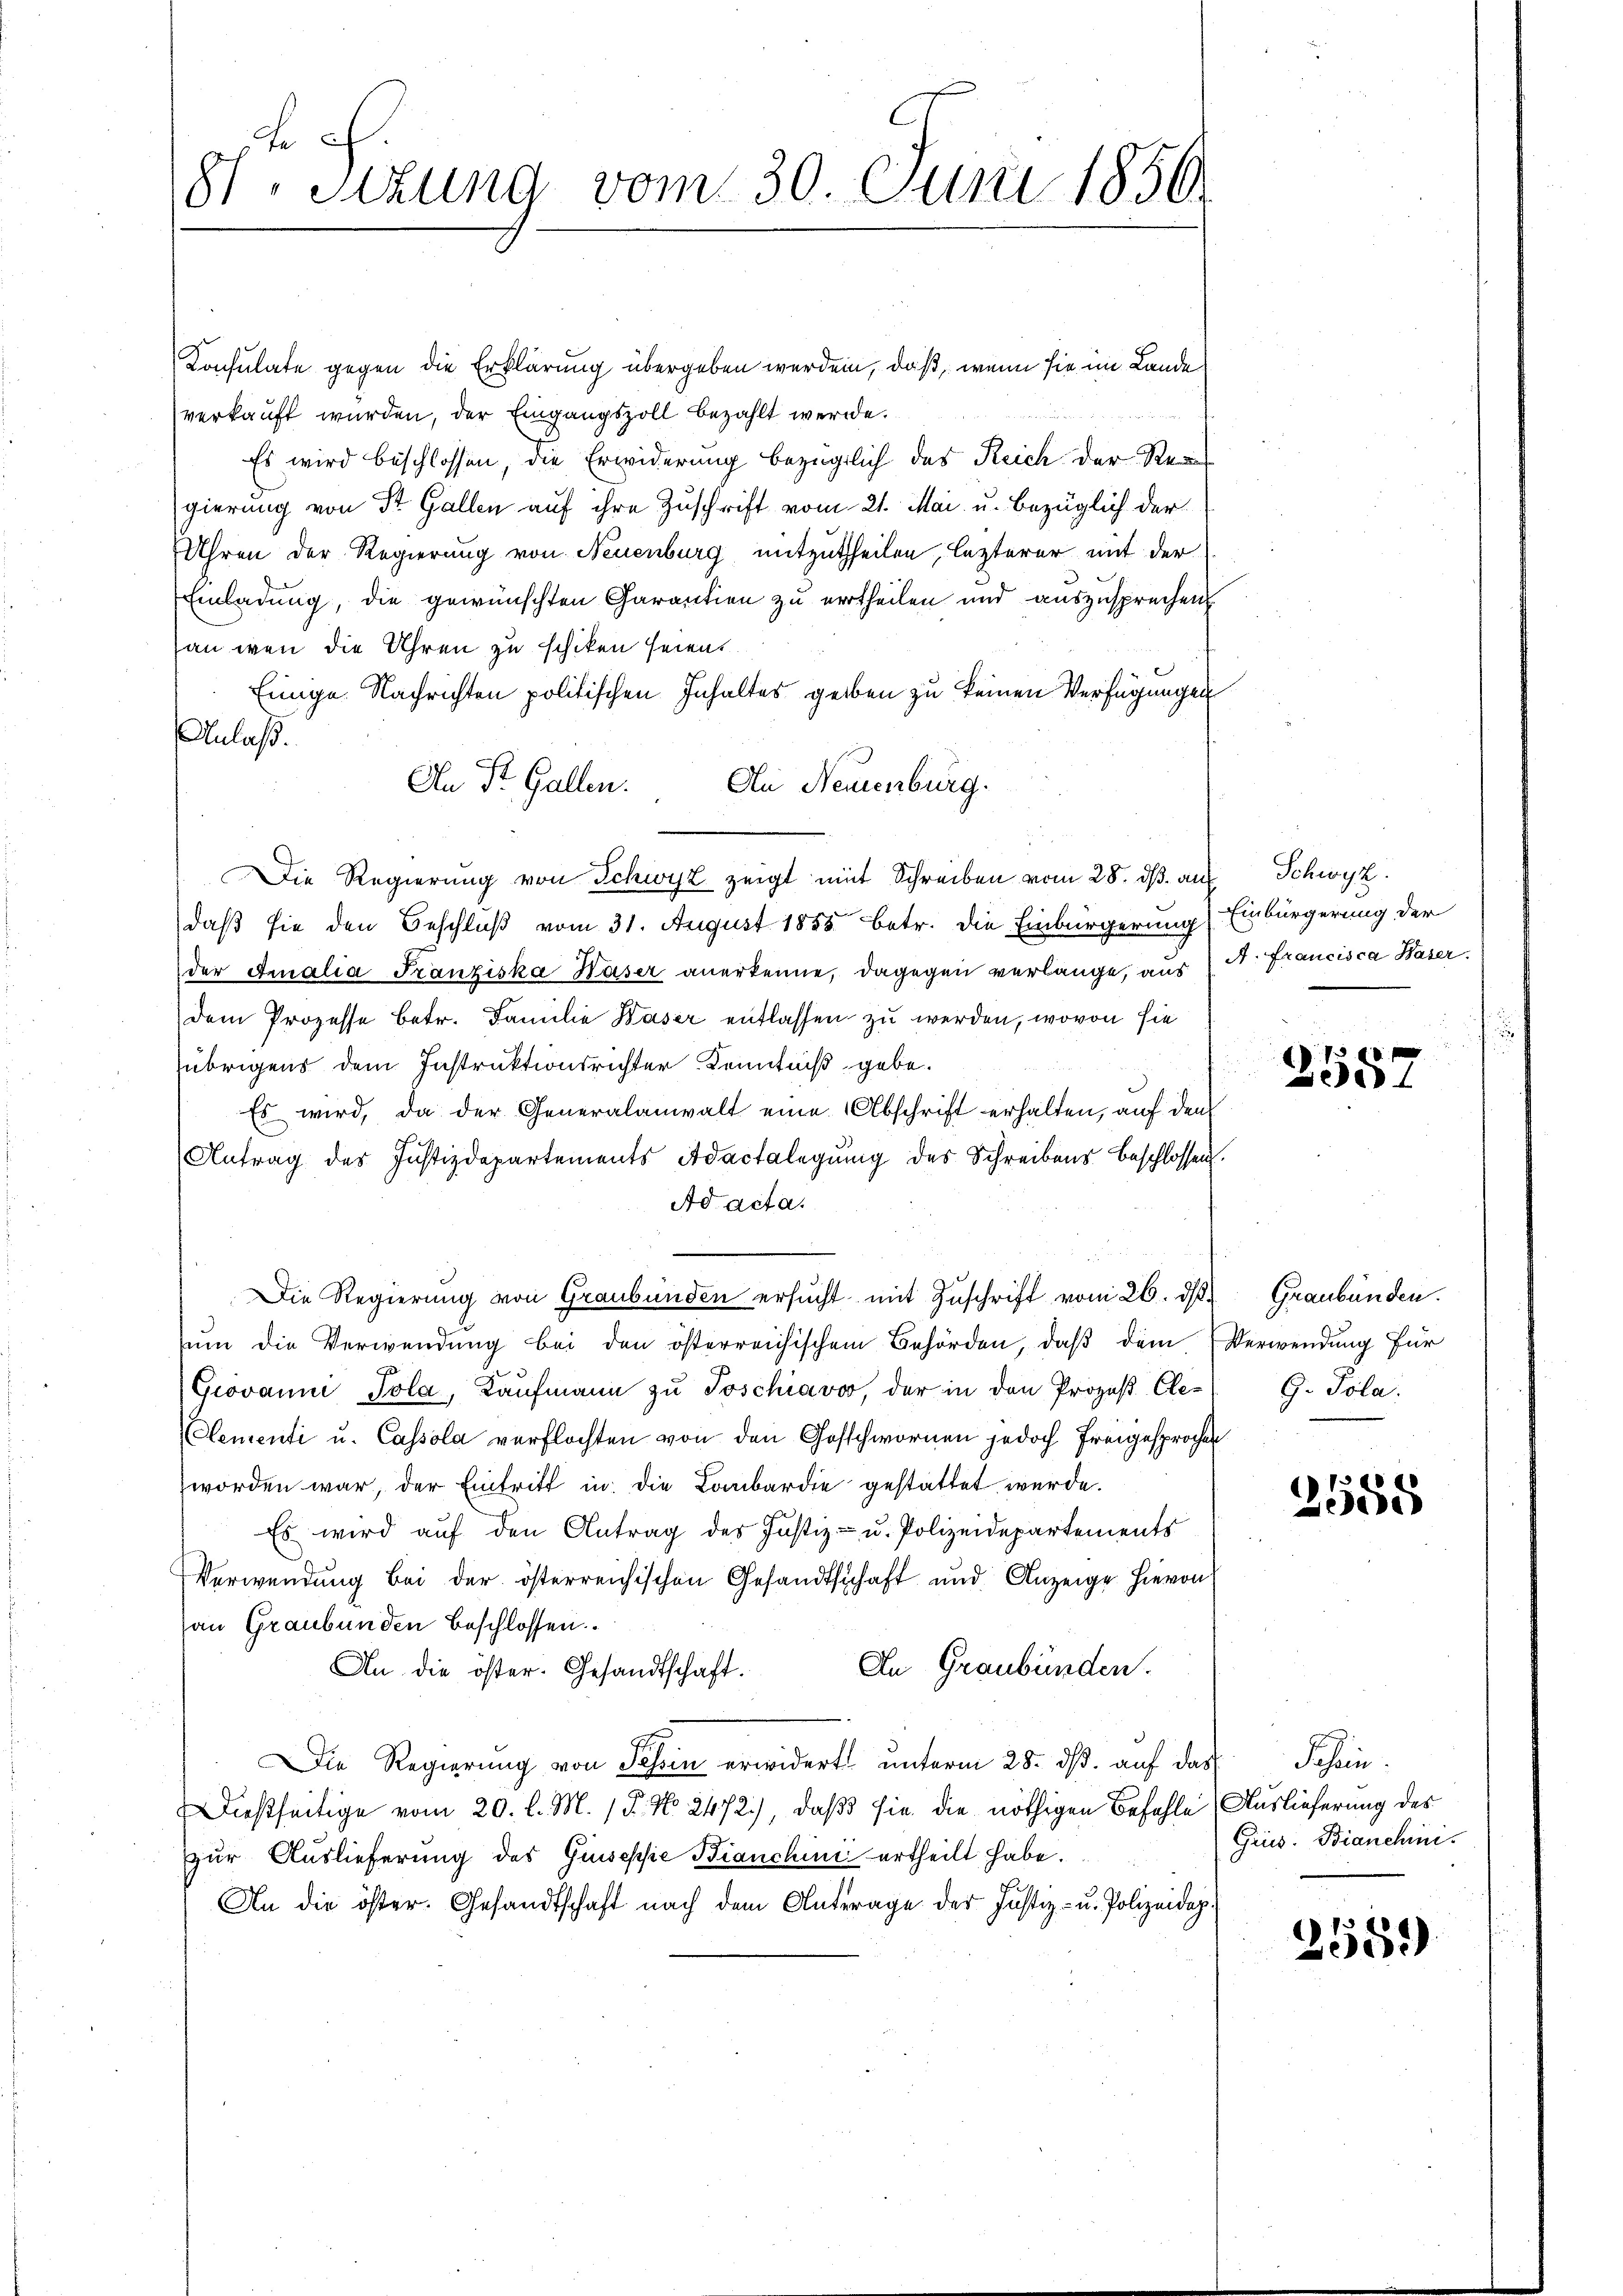
Fr
8t. Sizung vom 30. Juni 1856

Konsulate gegen die Erklärung übergeben werden, daß, wenn sie im Lande
verkauft wurden, der Eingangszoll bezahlt werde.
Es wird beschlossen, die Erwiderung bezüglich des Reich der Regi
gierung von St. Gallen auf ihre Zuschrift vom 21. Mai. u. bezüglich der
Uhren der Regierung von Neuenburg mitzutheilen, lezterer mit der
Einladung, die gewünschten Garantien zu vertheilen und auszusprechen
an wenn die Uhren zu schiken seien.
Einige Nachrichten politischen Inhaltes geben zu keinen Verfügungen
Anlaß.
An Dr. Gallen.
An Neuenburg.
Die Regierung von Schwyz zeigt mit Schreiben vom 28. ds. auf Schwyz.
daß sie den Beschluß vom 31. August 1855 betr. die Einbürgerung
der Finalia Franziska Häser anerkenne, dagegen verlange, aus
dem Prozesse betr. Familie Waser entlassen zu werden, wovon sie
übrigens dem Instruktionsrichter Kenntniß gebe.
Es wird, da der Generalanwalt eine Abschrift erhalten, auf den
Antrag des Justizdepartements Adactelegung des Schreibens beschlossen.
Ad acta.
Die Regierung von Graubünden ersŭcht mit Zuschrift vom 26. d. Graubünden.
ŭm die Verwendung bei den österreichischem Behörden, daβ dem
Giovanni Tola, Kaŭfmann zu Poschiavo, der in den Prozeß Cle-
(Clementi u. Cassola verflochten von den Gosschwornen jedoch freigesprochen
worden war, der Eintritt in die Lombardie gestattet wurde.
Es wird auf den Antrag des Justiz- u. Polizeidepartements
Verwendŭng bei der österreichischen Gesandtschaft und Anzeige hievon
an Graubünden beschlossen
In Graubünden.
An die öster. Gesandtschaft.
Die Regierung von Jahren erwidert unterm 28. ds. auf das Schein¬
Dießseitige vom 20. l. M. P. No 2472), daß sie die nöthigen Befehle Auslieferung des
zur Auslieferung des Gusepsie Bianchini ertheilt habe.
An die öster. Gesandtschaft nach dem Antrage der Justiz- u. Polizeidep

Einbürgerung der
A. Francisca Waser.

2557

Verwendung für
G. Pola.

2555

Gries. Bianchini.

2559)